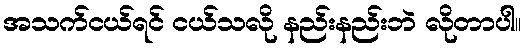
အသက်ငယ်ရင် ငယ်သလို နည်းနည်းဘဲ လိုတာပါ။